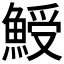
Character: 𩸣